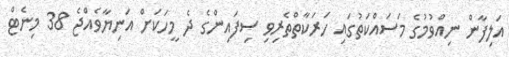
އަލިފާން ނިއްވުމުގެ މަސައްކަތުގައި ހަރަކާތްތެރިވި ސިފައިންގެ ދެ މީހަކަށް އަނިޔާވެއްޖެ 38 މިނެޓް